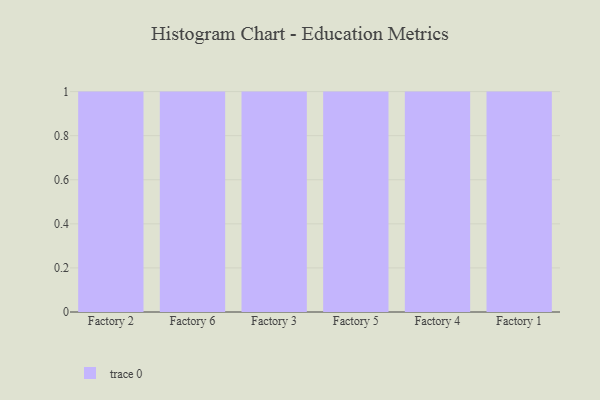
{"axis": {"x": "Factory", "y": "Customer Acquisition Cost (USD)"}, "legend": [""], "data": [{"x": "Factory 2", "y": 16, "type": ""}, {"x": "Factory 6", "y": 30, "type": ""}, {"x": "Factory 3", "y": 45, "type": ""}, {"x": "Factory 5", "y": 76, "type": ""}, {"x": "Factory 4", "y": 70, "type": ""}, {"x": "Factory 1", "y": 16, "type": ""}]}